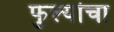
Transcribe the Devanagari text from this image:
फुल्यांचा